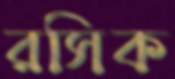
রসিক